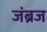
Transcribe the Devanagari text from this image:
जंब्रज